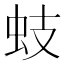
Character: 蚑